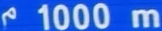
1000 m